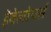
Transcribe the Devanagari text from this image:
ड़ेवेलोपर्स